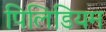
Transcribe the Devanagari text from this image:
पिलिडियम